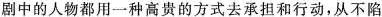
剧中的人物都用一种高贵的方式去承担和行动，从不陷